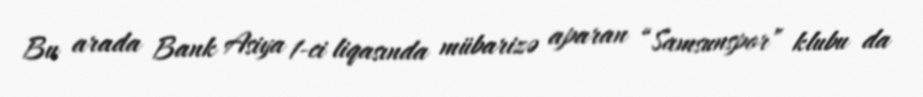
Bu arada Bank Asiya 1-ci liqasında mübarizə aparan “Samsunspor” klubu da